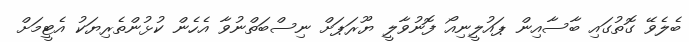
ބެލެވޭ ގޮތުގައި ބާސާއިން ޕައުލީނިއޯ ފޮނުވާލީ ޔޫރަޕަށް ނިސްބަތްނުވާ އެހެން ކުޅުންތެރިޔަކު އެޓީމަށް